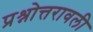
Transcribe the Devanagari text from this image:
प्रश्नोत्तरावली